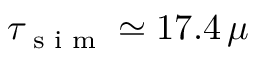
\tau _ { \scriptsize \mathrm { ~ s ~ i ~ m ~ } } \simeq 1 7 . 4 \, \mu